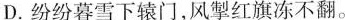
D.纷纷暮雪下辕门，风掣红旗冻不翻。